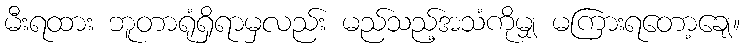
မီးရထား ဘူတာရုံရှိရာမှလည်း မည်သည့်အသံကိုမျှ မကြားရတော့ချေ။